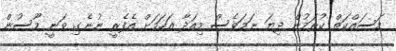
މަސައްކަތް ކުރަމުން ދިޔަ ނަމަވެސް މިއަދާ އަހަމަށް އެފެރީ ނުނެގި ވަނީ މޫސުން